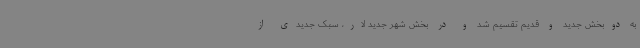
به دوبخش جدید و قدیم تقسیم شد و در بخش شهر جدید لار، سبک جدیدی از